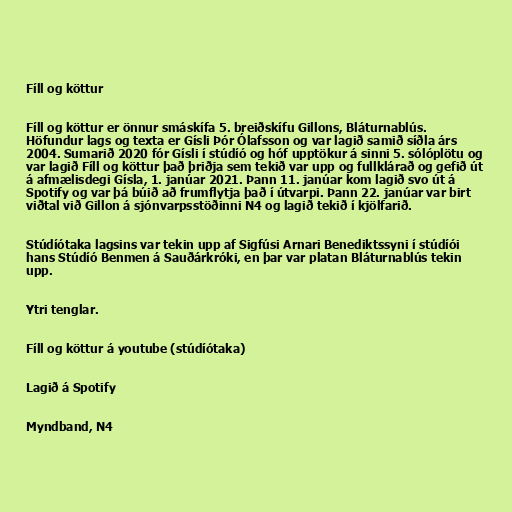
Fíll og köttur

Fíll og köttur er önnur smáskífa 5. breiðskífu Gillons, Bláturnablús.
Höfundur lags og texta er Gísli Þór Ólafsson og var lagið samið síðla árs
2004. Sumarið 2020 fór Gísli í stúdíó og hóf upptökur á sinni 5. sólóplötu og
var lagið Fíll og köttur það þriðja sem tekið var upp og fullklárað og gefið út
á afmælisdegi Gísla, 1. janúar 2021. Þann 11. janúar kom lagið svo út á
Spotify og var þá búið að frumflytja það í útvarpi. Þann 22. janúar var birt
viðtal við Gillon á sjónvarpsstöðinni N4 og lagið tekið í kjölfarið.

Stúdíótaka lagsins var tekin upp af Sigfúsi Arnari Benediktssyni í stúdíói
hans Stúdíó Benmen á Sauðárkróki, en þar var platan Bláturnablús tekin
upp.

Ytri tenglar.

Fíll og köttur á youtube (stúdíótaka)

Lagið á Spotify

Myndband, N4